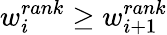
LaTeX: w_{i}^{rank}\geq w_{i+1}^{rank}